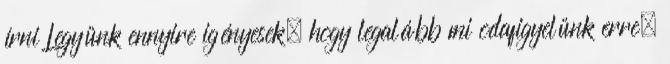
írni Legyünk ennyire igényesek, hogy legalább mi odafigyelünk erre.